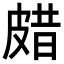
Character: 𤿸